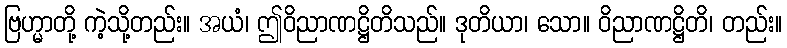
ဗြဟ္မာတို့ ကဲ့သို့တည်း။ အယံ၊ ဤဝိညာဏဋ္ဌိတိသည်။ ဒုတိယာ၊ သော။ ဝိညာဏဋ္ဌိတိ၊ တည်း။